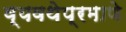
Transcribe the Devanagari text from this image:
व्यवथेप्रमाणे